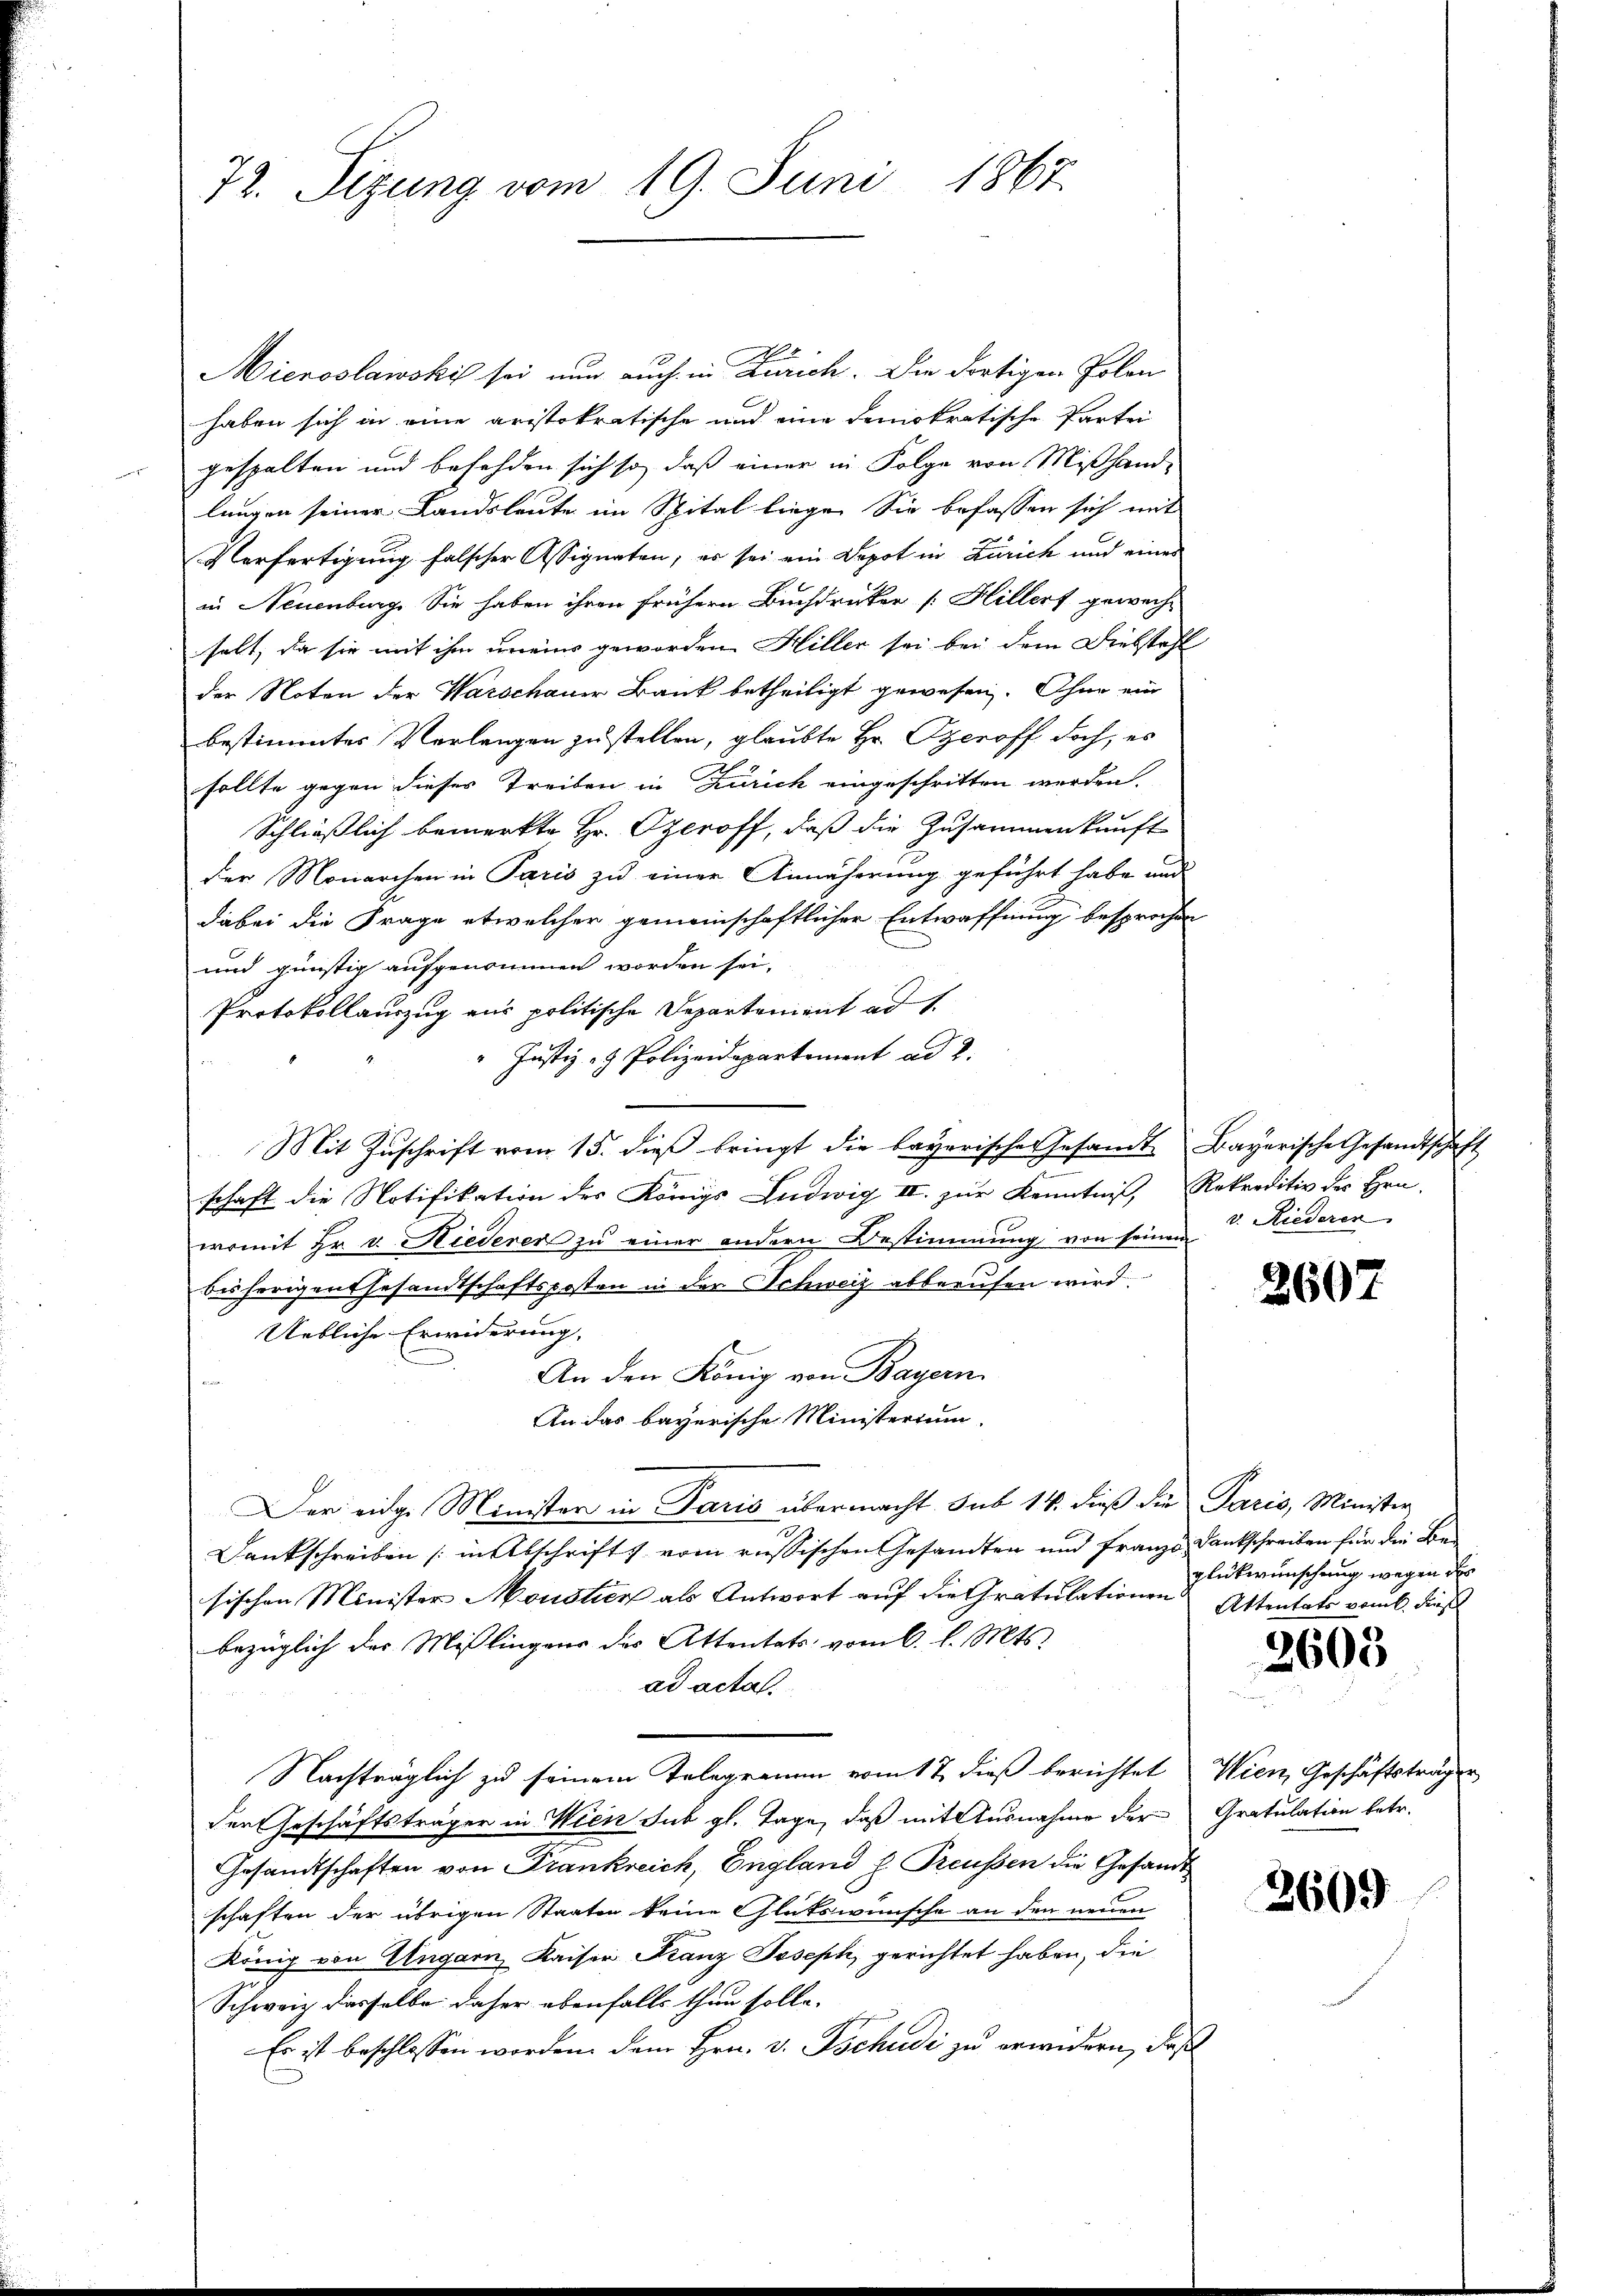
72. Sizung vom 19. Juni 1867

Mieroslawski sei nun auch in Zürich. Die dortigen Polon
haben sich in eine aristokratische und eine demokratische Partei
gespalten und befehden sich so, daß einer in Folge von Mißhand-
lungen seiner Landsleute im Spital liege. Sie befassen sich mit
Verfertigung falscher Assignaten, es sei ein Depot in Zürich und eines
in Neuenburg. Sie haben ihren frühern Buchdrucker [Hillerf gewech-
holt, da sie mit ihm uneine geworden Hiller sei bei dem Diebstahl
der Noten der Warschauer Bank betheiligt gewesen. Ohne ein
bestimmtes Verlangen zu stellen, glaubte Hr. Czeroff doch, es
sollte gegen dieses Treiben in Zürich eingeschritten werden.
Schließlich bemerkte Hr. Ozeroff, daß die Zusammenkunft
der Monarchen in Paris zu einer Annäherung geführt habe und
dabei die Frage etwelcher gemeinschaftlicher Entwaffnung besprochen
und günstig aufgenommen worden sei.
Protokollauszug aus politische Departanient ad 1.
" Justiz- & Polizeidepartement ad 2.
Mit Zŭschrift vom 15. dieβ bringt die bayerische Gesandt, Bayerische Gesandtschaft
schaft die Notifikation des Königs Ludwig II zur Kenntniß, Rekreditiv des Hrn.
womit Hr. v. Hiederer zu einer andern Bestimmung von seinem
bisherigen Gesandtschaftsposten in der Schweiz abberufen wird.
Uebliche Erwiderung.
An den König von Bayern
f
In das bayerische Ministerium.
Der eidge Minister in Paris übermacht sub 14. dieß die Paris, Minister
Dankschreiben (in Abschrift vom russischen Gesandten und Franzo Dankschreiben für die Besischen Minister Moustier als Antwort auf die Gratulationen Attentats vom 6. dieß
bezüglich der Mißlingens des Attentats vom 6. d. Mts.
ad actal
Nachträglich zu seinem Telegramm vom 17. dieß berichtet Wien, Geschäftsträger
den Geschäftsträger in Wien sub gl. Tage, daß mit Ausnahme der Gratulation betr.
Gesandtschaften von Frankreich, England h. Treussen die Gesandt
schaften der übrigen Staaten keine Glükswünsche an den neuen
König von Ungarn Kaiser Franz Joseph, gerichtet haben, die
Schweiz dasselbe daher ebenfalls thun solle. |
Es ist beschlossen worden. Dem Hrn. v. Tschudi zu erwidern, daß

v. Riederen

2607

glükwünschung wegen des

2605

2609